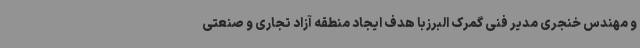
و مهندس خنجری مدیر فنی گمرک البرزبا هدف ایجاد منطقه آزاد تجاری و صنعتی